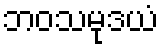
ဘဝသမုဒယံ